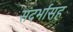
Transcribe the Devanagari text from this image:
संदर्भासह